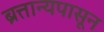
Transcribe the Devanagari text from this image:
ब्रत्तान्यपासून